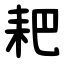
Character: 耙